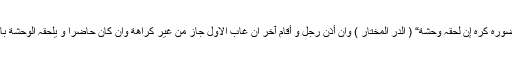
قال الحصکفی :(أقام غیر من أذن بغیبتہ) أی الموٴذن (لا یکرہ مطلقاً)، وإن بحضورہ کرہ إن لحقہ وحشة“ ( الدر المختار ) وان أذن رجل و أقام آخر ان غاب الاول جاز من غیر کراھة وان کان حاضرا و یلحقہ الوحشة باقامة غیرہ یکرہ وان رضی بہ لا یکرہ عندنا کذا فی المحیط( الفتاوی الہندیة )۔